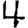
Digit: 4